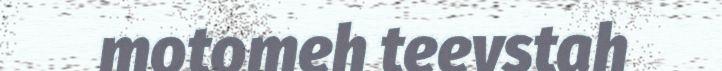
motomeh teevstah